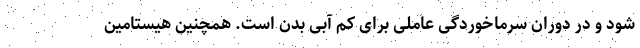
شود و در دوران سرماخوردگی عاملی برای کم آبی بدن است. همچنین هیستامین